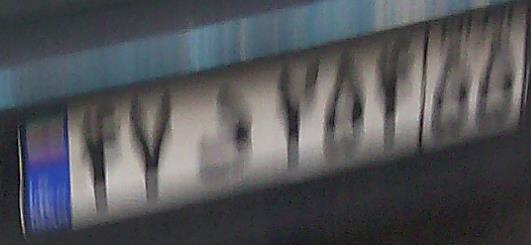
۴۷د۷۵۴۵۵